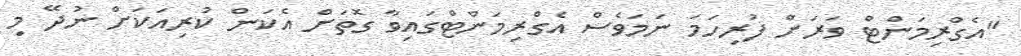
"އެގްރިމަންޓް ވަރަށް ފުރިހަމަ ނަމަވެސް އެގްރިމަންޓްގައިވާ ގޮތަށް އެކަން ކުރިއަކަށް ނުދޭ މި